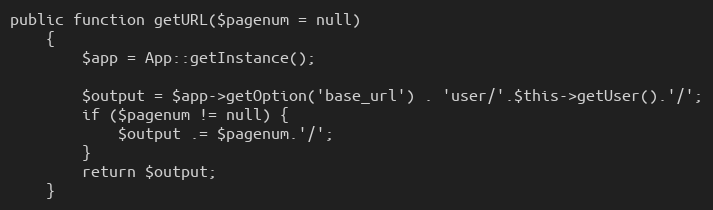
Language: PHP
public function getURL($pagenum = null)
    {
        $app = App::getInstance();

        $output = $app->getOption('base_url') . 'user/'.$this->getUser().'/';
        if ($pagenum != null) {
            $output .= $pagenum.'/';
        }
        return $output;
    }